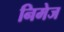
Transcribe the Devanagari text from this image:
निमेज